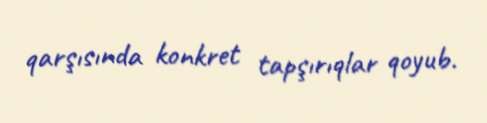
qarşısında konkret tapşırıqlar qoyub.